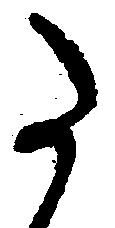
た